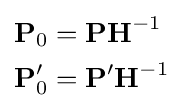
{\begin{aligned}{\textbf {P}}_{0}&={\textbf {P}}{\textbf {H}}^{-1}\\{\textbf {P}}_{0}'&={\textbf {P}}'{\textbf {H}}^{-1}\end{aligned}}